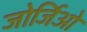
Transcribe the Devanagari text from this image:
जोर्जिओ